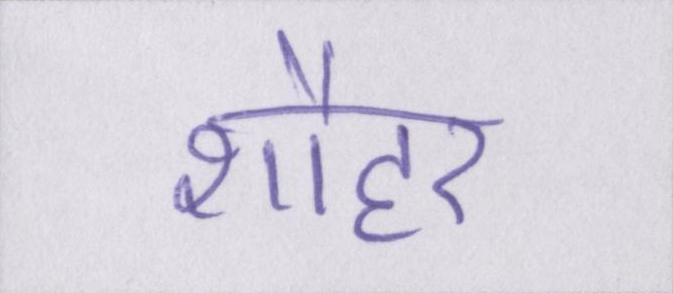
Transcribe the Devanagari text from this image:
शौहर